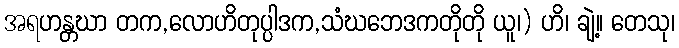
အရဟန္တဃာ တက,လောဟိတုပ္ပါဒက,သံဃဘေဒကတိုတို ယူ၊) ဟိ၊ ချဲ့။ တေသု၊